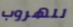
للهروب